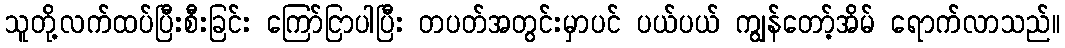
သူတို့လက်ထပ်ပြီးစီးခြင်း ကြော်ငြာပါပြီး တပတ်အတွင်းမှာပင် ပယ်ပယ် ကျွန်တော့်အိမ် ရောက်လာသည်။